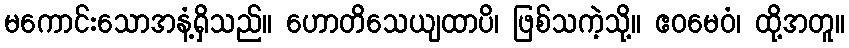
မကောင်းသောအနံ့ရှိသည်။ ဟောတိသေယျထာပိ၊ ဖြစ်သကဲ့သို့။ ဧဝမေဝံ၊ ထို့အတူ။